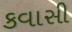
કવાસી